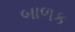
બાળક